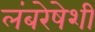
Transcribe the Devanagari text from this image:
लंबरेषेशी